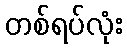
တစ်ရပ်လုံး